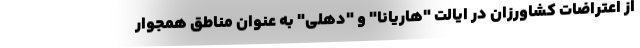
از اعتراضات کشاورزان در ایالت "هاریانا" و "دهلی" به عنوان مناطق همجوار